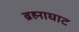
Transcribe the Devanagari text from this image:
ब्रह्माघाट